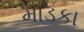
માડકા